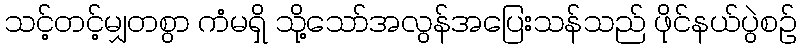
သင့်တင့်မျှတစွာ ကံမရှိ သို့သော်အလွန်အပြေးသန်သည် ဖိုင်နယ်ပွဲစဉ်